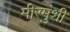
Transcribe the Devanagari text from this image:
मीरमुंशी